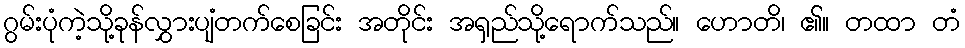
ဂွမ်းပုံကဲ့သို့ခုန်လွှားပျံတက်စေခြင်း အတိုင်း အရှည်သို့ရောက်သည်။ ဟောတိ၊ ၏။ တထာ တံ